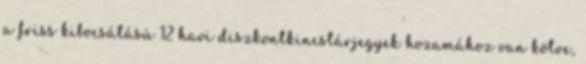
a friss kibocsátású 12 havi diszkontkincstárjegyek hozamához van kötve,